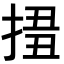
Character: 𢮢